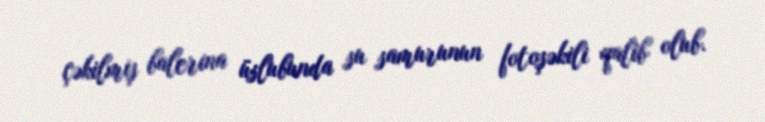
çəkilmiş balerina üslubunda su samurunun fotoşəkili qalib olub.